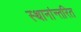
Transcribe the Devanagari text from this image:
स्थानांन्तरित